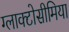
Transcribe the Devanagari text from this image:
ग्लाक्टोसीमिया